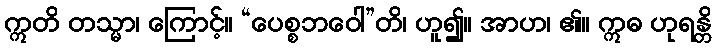
ဣတိ တသ္မာ၊ ကြောင့်။ “ပေစ္စဘဝေါ”တိ၊ ဟူ၍။ အာဟ၊ ၏။ ဣဓ ဟုရန္တိ